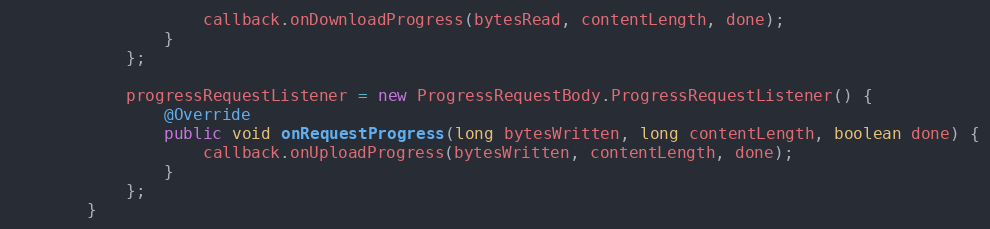
Language: Java
                    callback.onDownloadProgress(bytesRead, contentLength, done);
                }
            };

            progressRequestListener = new ProgressRequestBody.ProgressRequestListener() {
                @Override
                public void onRequestProgress(long bytesWritten, long contentLength, boolean done) {
                    callback.onUploadProgress(bytesWritten, contentLength, done);
                }
            };
        }